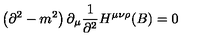
\left( \partial ^ { 2 } - m ^ { 2 } \right) \partial _ { \mu } { \frac { 1 } { \partial ^ { 2 } } } H ^ { \mu \nu \rho } ( B ) = 0